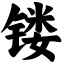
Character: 镂